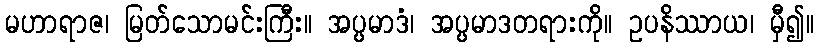
မဟာရာဇ၊ မြတ်သောမင်းကြီး။ အပ္ပမာဒံ၊ အပ္ပမာဒတရားကို။ ဥပနိဿာယ၊ မှီ၍။